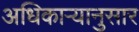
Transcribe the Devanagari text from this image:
अधिकाऱ्यानुसार